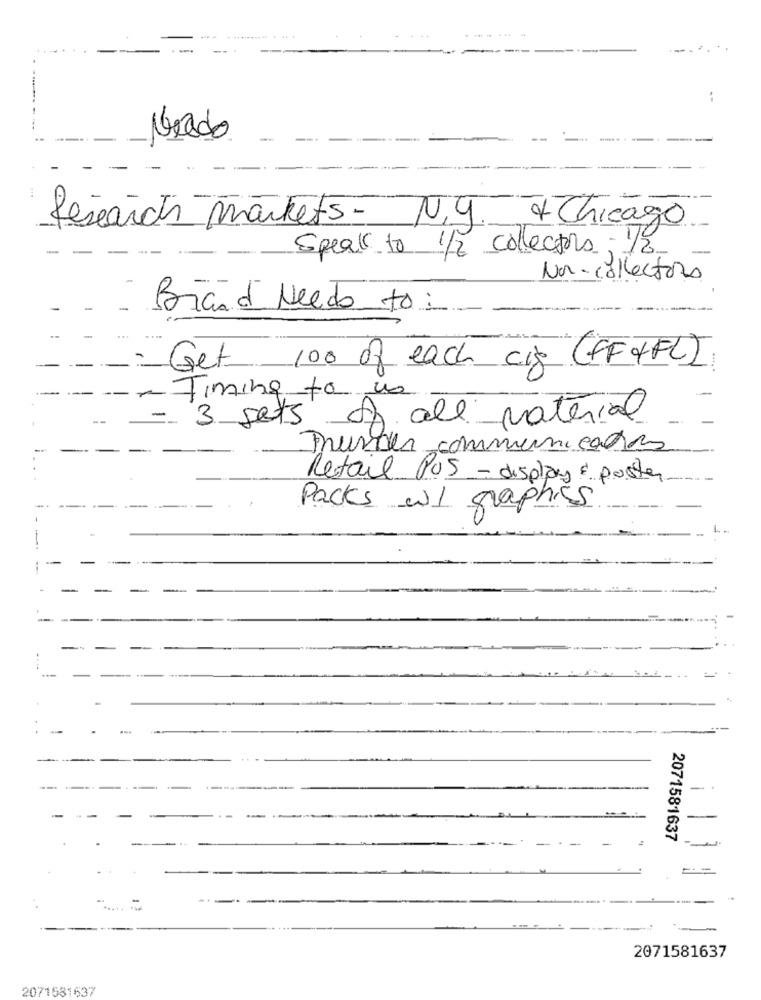
.-.
--
Grado
* Chicago
Research markets - N.Y.
Speak to 1/2 collections ; 1/2
Non-collectors
Briand Needo to :
Get 100 of each cis (FFFFL)
---
- Timing to ns
4
- 3 sets
A) all material
-
Prunes communicators
Retail PUS - displays & poster
----
-
Packs wi graphics
-
-
--
-
2071581637
--
2071581637
2071581637